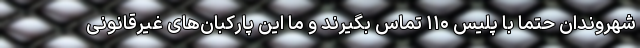
شهروندان حتماً با پلیس ۱۱۰ تماس بگیرند و ما این پارکبان‌های غیرقانونی